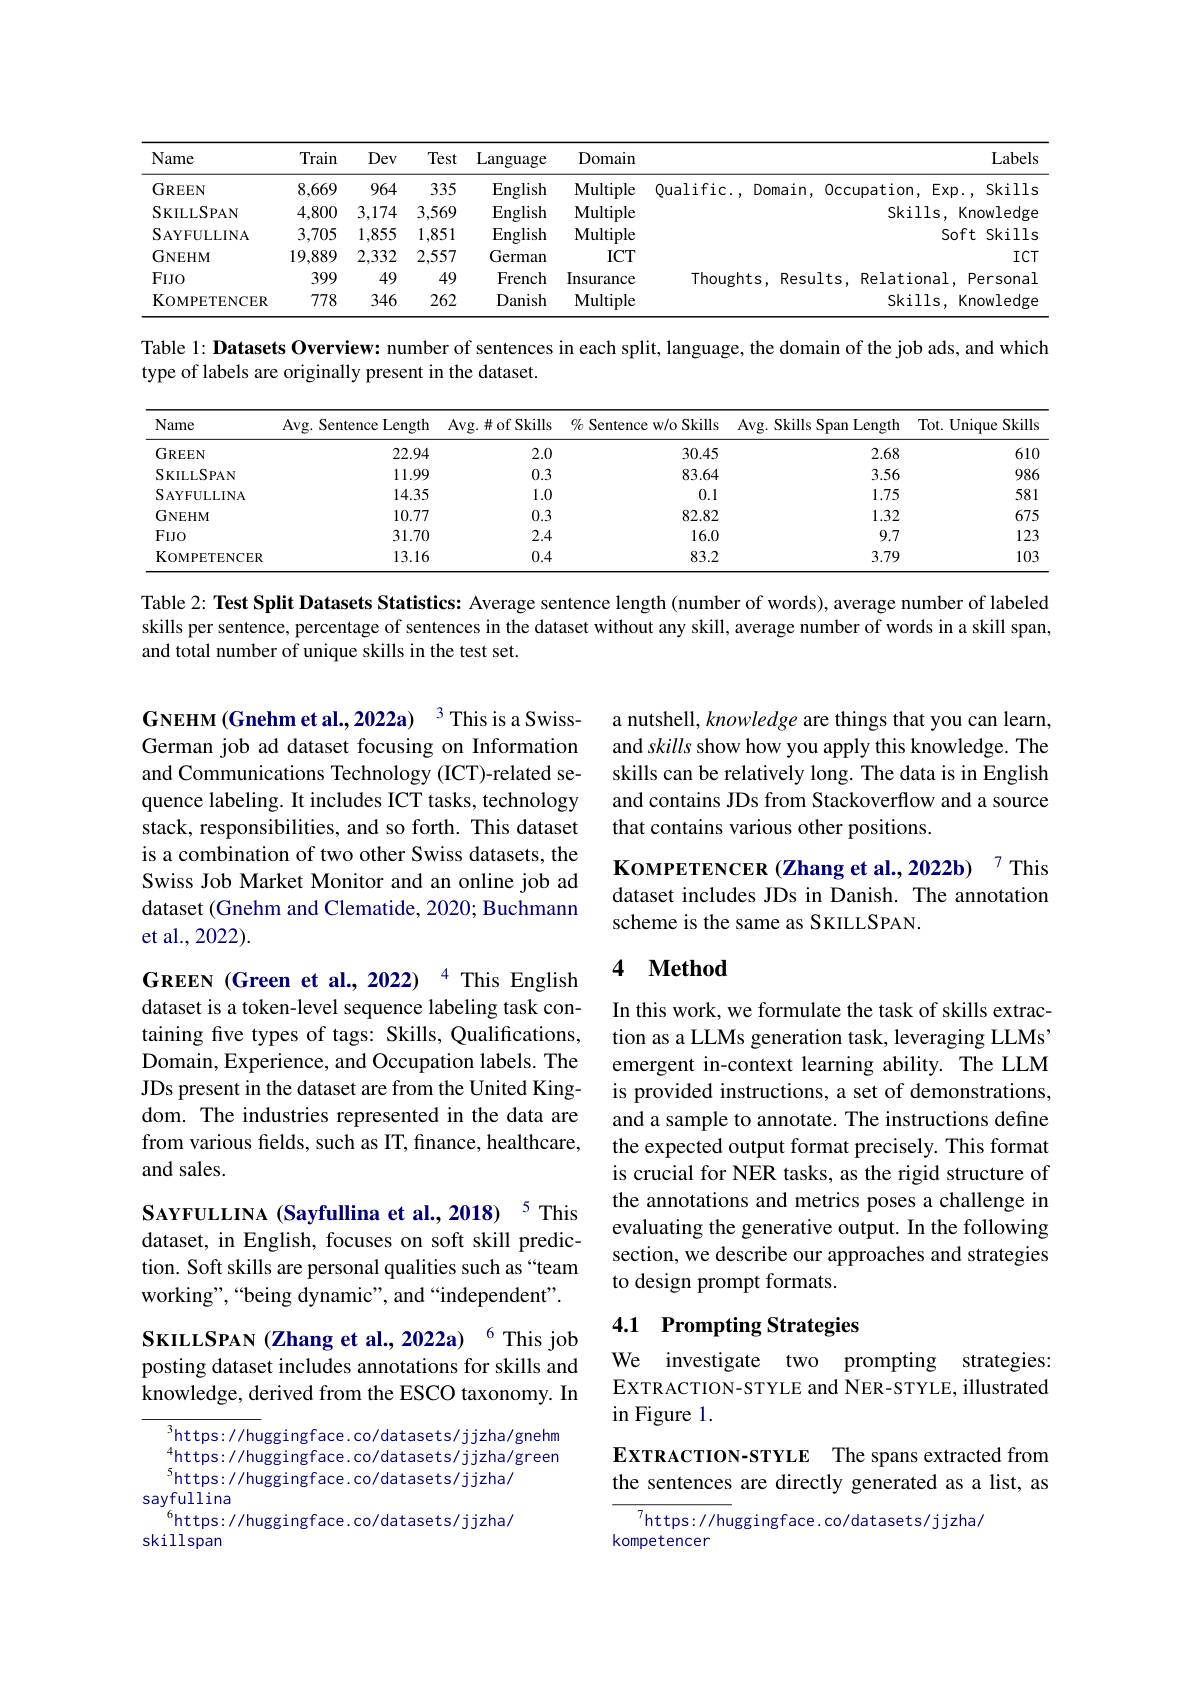
<table>
	<tbody>
		<tr>
			<th>Name</th>
			<th>Train</th>
			<th>Dev</th>
			<th>Test</th>
			<th>Language</th>
			<th>Domain</th>
			<th> </th>
			<th>Labels</th>
		</tr>
		<tr>
			<td>GREEN</td>
			<td>8,669</td>
			<td>964</td>
			<td>335</td>
			<td>$\operatorname{English}$</td>
			<td>$\mathbf{Multiple}$</td>
			<td>Oualific. Domain</td>
			<td>Exp., Skills cupation, E</td>
		</tr>
		<tr>
			<td>SKILLSPAN</td>
			<td>4,800</td>
			<td>3,174</td>
			<td>3,569</td>
			<td>$\operatorname{English}$</td>
			<td>$\mathbf{Multiple}$</td>
			<td> </td>
			<td>Skills, Knowledge</td>
		</tr>
		<tr>
			<td>SAYFULLINA</td>
			<td>3,705</td>
			<td>1,855</td>
			<td>1,851</td>
			<td>English</td>
			<td>$\mathbf{Multiple}$</td>
			<td> </td>
			<td>Soft Skills</td>
		</tr>
		<tr>
			<td>$\mathbf{GNEHM}$</td>
			<td>19,889</td>
			<td>2,332</td>
			<td>2,557</td>
			<td>German</td>
			<td>$ICT$</td>
			<td> </td>
			<td>$ICT$</td>
		</tr>
		<tr>
			<td>FIJO</td>
			<td>399</td>
			<td>49</td>
			<td>49</td>
			<td>French</td>
			<td>Insurance</td>
			<td>Thoughts, Resul</td>
			<td>Relational. F Personal</td>
		</tr>
		<tr>
			<td>KOMPETENCER</td>
			<td>7778</td>
			<td>346</td>
			<td>262</td>
			<td>Danish</td>
			<td>Multiple</td>
			<td> </td>
			<td>Skills, Knowledge</td>
		</tr>
	</tbody>
</table>

Table 1: Datasets Overview: number of sentences in each split, language, the domain of the job ads, and which
type of labels are originally present in the dataset.

<table>
	<tbody>
		<tr>
			<th>Name</th>
			<th>Avg. Sentence Length</th>
			<th>Avg. $\#$of Skills</th>
			<th>$\%$ Sentence w/o Skills</th>
			<th>Avg. Skills Span Length</th>
			<th>Tot. Unique Skills</th>
		</tr>
		<tr>
			<td>GREEN</td>
			<td>22.94</td>
			<td>2.0</td>
			<td>30.45</td>
			<td>2.68</td>
			<td>$61C$</td>
		</tr>
		<tr>
			<td>$SKILLSPAN$</td>
			<td>11.99</td>
			<td>0.3</td>
			<td>83.64</td>
			<td>3.56</td>
			<td>$98\epsilon$</td>
		</tr>
		<tr>
			<td>SAYFULLINA</td>
			<td>14.35</td>
			<td>1.0</td>
			<td>0.1</td>
			<td>1.75</td>
			<td>581</td>
		</tr>
		<tr>
			<td>GNEHM</td>
			<td>10.77</td>
			<td>0.3</td>
			<td>82.82</td>
			<td>1.32</td>
			<td>675</td>
		</tr>
		<tr>
			<td>$FIJO$</td>
			<td>31.70</td>
			<td>2.4</td>
			<td>16.0</td>
			<td>9.7</td>
			<td>122</td>
		</tr>
		<tr>
			<td>KOMPETENCER</td>
			<td>13.16</td>
			<td>0.4</td>
			<td>83.2</td>
			<td>3.79</td>
			<td>102</td>
		</tr>
	</tbody>
</table>

Table 2: Test Split Datasets Statistics: Average sentence length (number of words), average number of labeled skills per sentence, percentage of sentences in the dataset without any skill, average number of words in a skill span, and total number of unique skills in the test set.

a nutshell, knowledge are things that you can learn, and skills show how you apply this knowledge. The skills can be relatively long. The data is in English and contains JDs from Stackoverflow and a source that contains various other positions.

GNEHM (Gnehm et al.,2022a) 3 This is a SwissGerman job ad dataset focusing on Information and Communications Technology (ICT)-related sequence labeling. It includes ICT tasks, technology stack, responsibilities, and so forth. This dataset is a combination of two other Swiss datasets, the Swiss Job Market Monitor and an online job ad dataset (Gnehm and Clematide, 2020; Buchmann et al., 2022).

KoмРЕТЕNCER (Zhang et al., 2022b) $^{7}$ This dataset includes JDs in Danish. The annotation scheme is the same as SKILLSPAN.

### 4 $\textbf{Method}$

GREEN (Green et al., 2022) $^{4}$ This English dataset is a token-level sequence labeling task containing five types of tags: Skills, Qualifications, Domain, Experience, and Occupation labels. The JDs present in the dataset are from the United Kingdom. The industries represented in the data are from various felds, such as IT, finance, healthcare, and sales.

In this work, we formulate the task of skills extraction as a LLMs generation task, leveraging LLMs' emergent in-context learning ability. The LLM is provided instructions, a set of demonstrations, and a sample to annotate. The instructions define the expected output format precisely. This format is crucial for NER tasks, as the rigid structure of the annotations and metrics poses a challenge in evaluating the generative output. In the following section, we describe our approaches and strategies to design prompt formats.

SAYFULLINA (Sayfullina et al., 2018) $^{5}$ This dataset, in English, focuses on soft skill prediction. Soft skills are personal qualities such as “team working",“being dynamic”, and“independent".

## 4.1 Prompting Strategies

SkıLLSPAN (Zhang et al., 2022a) 6 This job posting dataset includes annotations for skills and knowledge, derived from the ESCO taxonomy. In

We investigate two prompting strategies: EXTRACTION-STYLE and NER-STYLE, illustrated in Figure 1.

EXTRACTION-STYLE The spans extracted from the sentences are directly generated as a list, as

$^{3}$https://huggingface.co/datasets/jjzha/gnehm $^{4}$https://huggingface.co/datasets/jjzha/green $^{5}$https: / / huggingface. co/ datasets/ j j zha/
sayfullina
$^{6}$https: / / huggingface. co/ datasets/ jjzha/
skillspan

$^{7}$https: / / huggingface. co/ datasets/ j j zha/
kompetencer